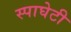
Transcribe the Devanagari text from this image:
स्पाघेटी